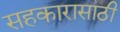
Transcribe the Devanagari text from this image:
सहकारासाठी